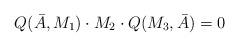
LaTeX: \begin{align*}Q(\bar A,M_1)\cdot M_2 \cdot Q(M_3,\bar A) = 0\end{align*}